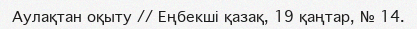
Аулақтан оқыту // Еңбекші қазақ, 19 қаңтар, № 14.